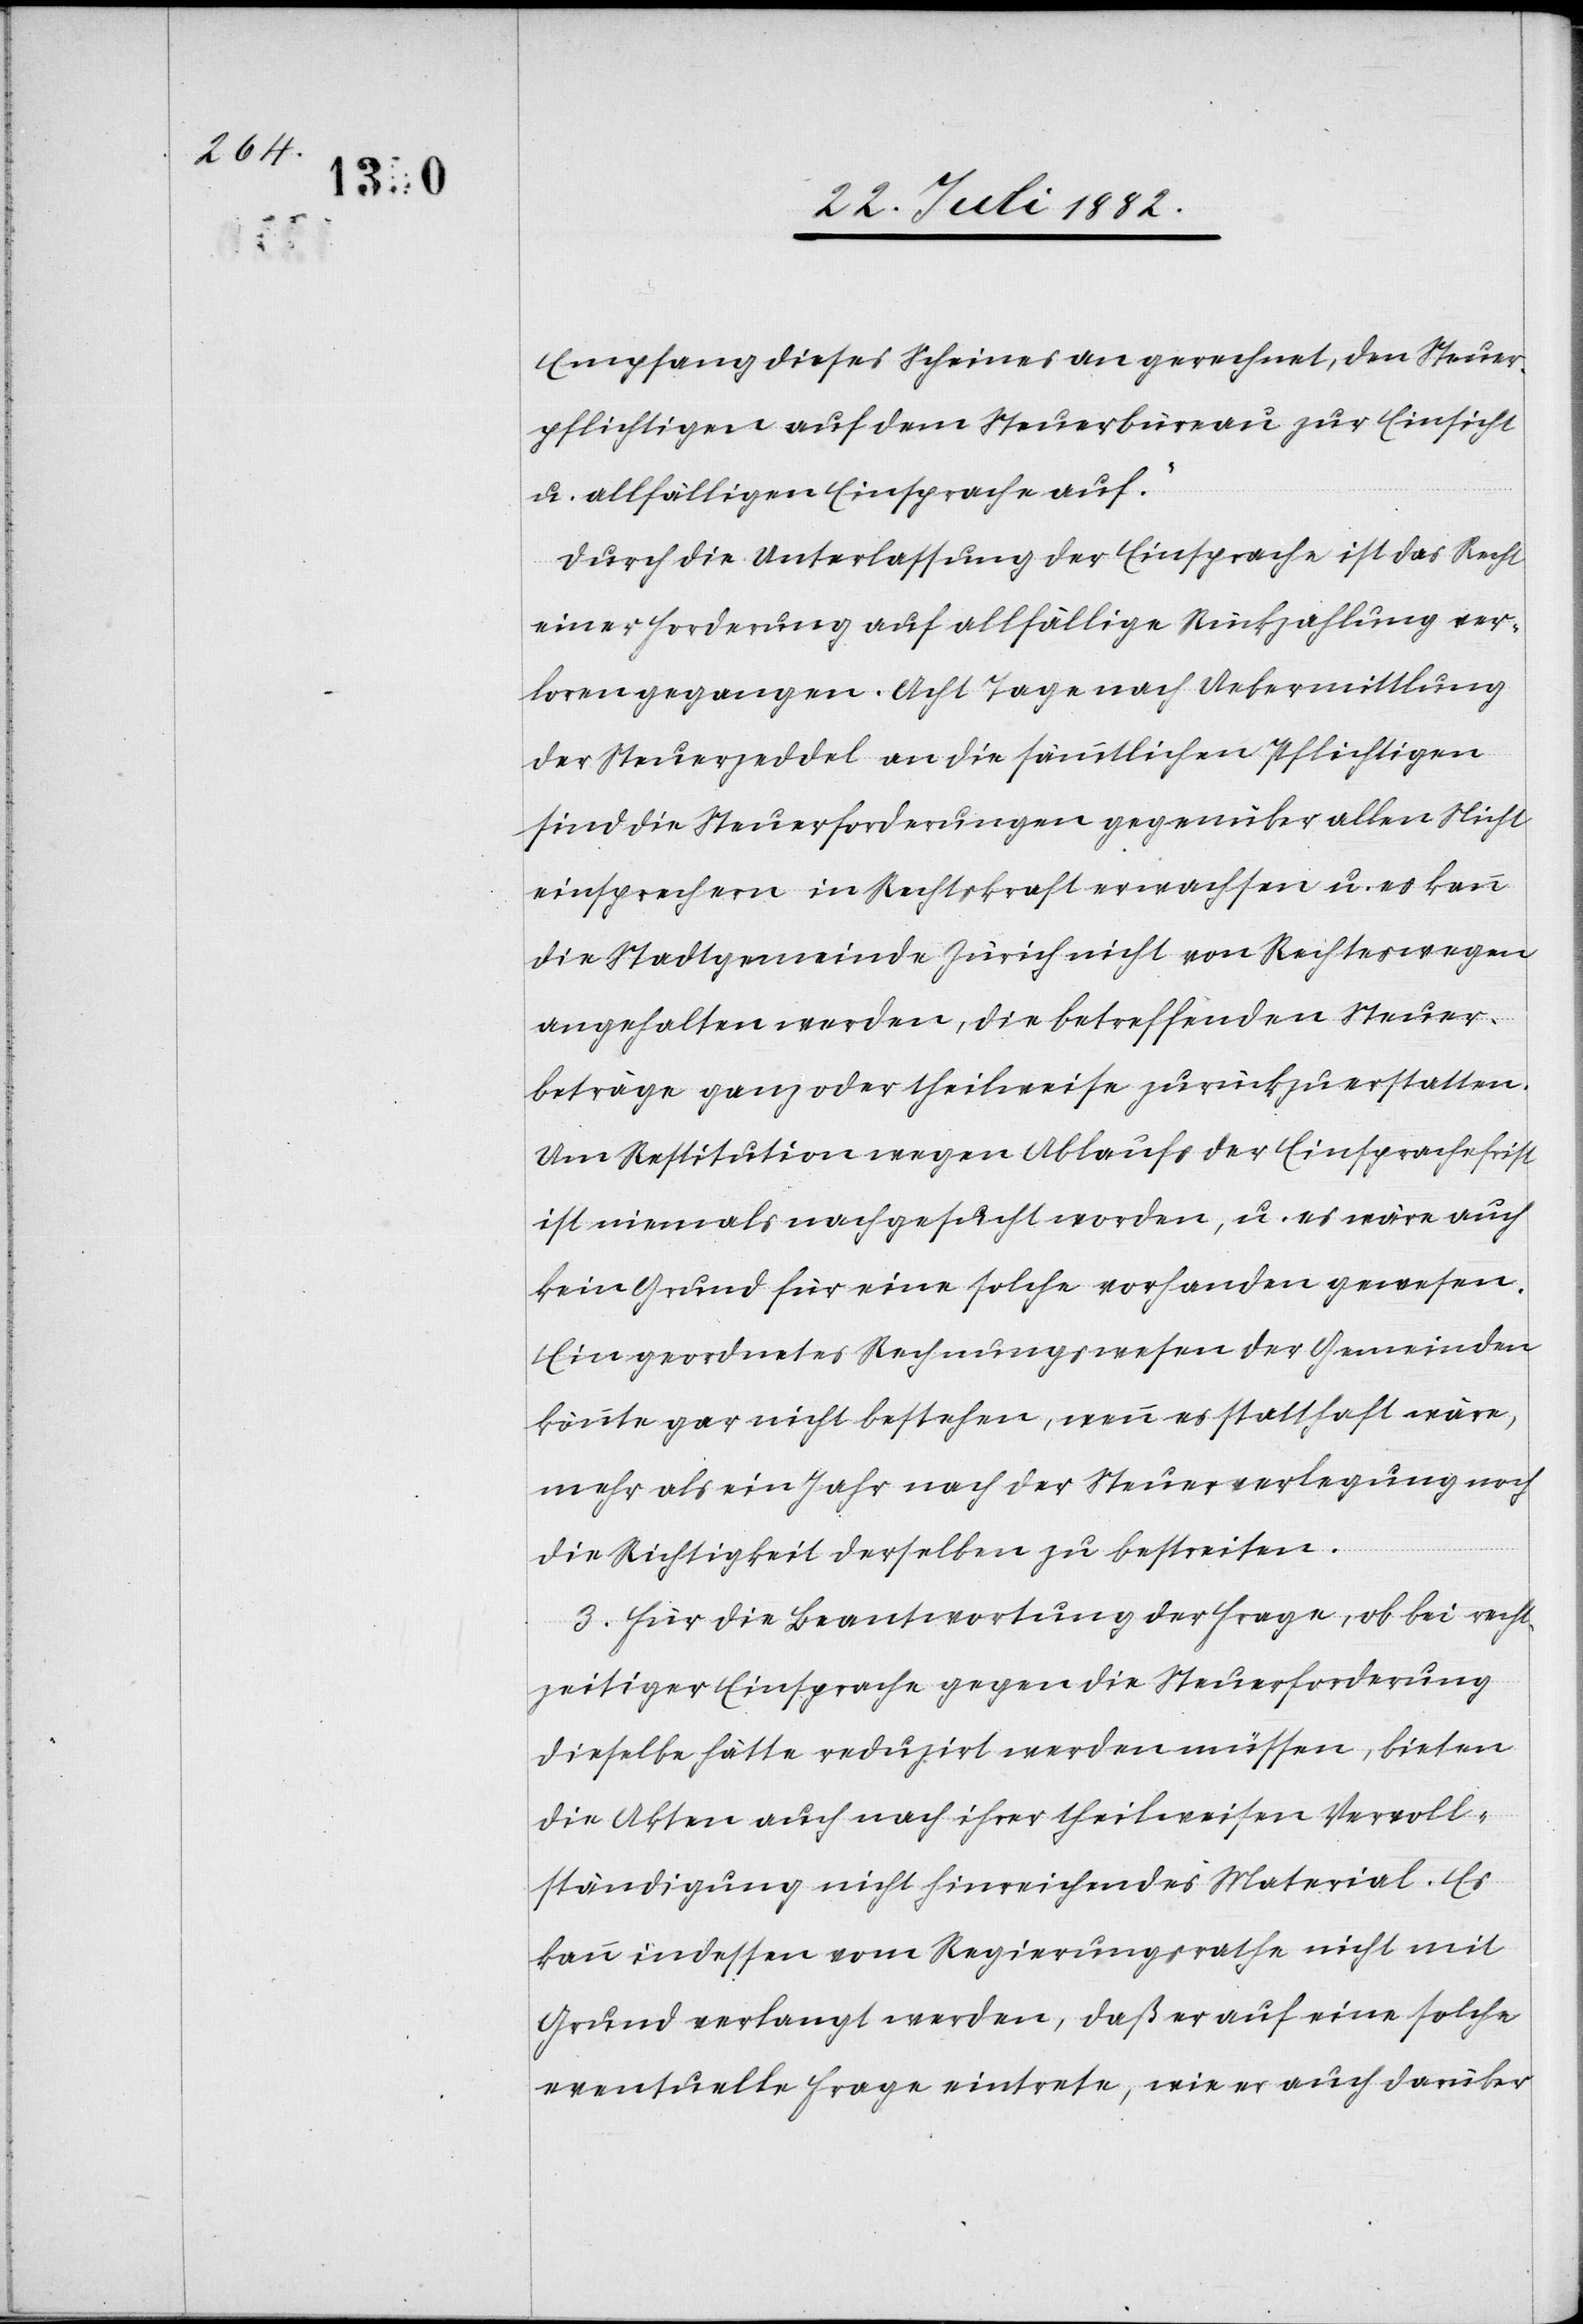
Empfang dieses Scheines an gerechnet, den Steuer¬
pflichtigen auf dem Steuerbüreau zur Einsicht
u. allfälligen Einsprache auf.“
Durch die Unterlassung der Einsprache ist das Recht
einer Forderung auf allfällige Rückzahlung ver¬
loren gegangen. Acht Tage nach Uebermittlung
der Steuerzeddel an die sämmtlichen Pflichtigen
sind die Steuerforderungen gegenüber allen Nicht¬
einsprechern in Rechtskraft erwachsen u. es kann
die Stadtgemeinde Zürich nicht von Rechteswegen
angehalten werden, die betreffenden Steuer¬
beträge ganz oder theilweise zurückzuerstatten.
Um Restitution wegen Ablaufs der Einsprachefrist
ist niemals nachgesucht worden, u. es wäre auch
kein Grund für eine solche vorhanden gewesen.
Ein geordnetes Rechnungswesen der Gemeinde
könnte gar nicht bestehen, wenn es statthaft wäre,
mehr als ein Jahr nach der Steuerverlegung
die Richtigkeit derselben zu bestreiten.
3. Für die Beantwortung der Frage, ob bei recht¬
zeitiger Einsprache gegen die Steuerforderung
dieselbe hätte reduzirt werden müssen, bieten
die Akten auch nach ihrer theilweisen Vervoll¬
ständigung nicht hinreichendes Material. Es
kann indessen vom Regierungsrathe nicht mit
Grund verlangt werden, daß er auf eine solche
eventuelle Frage eintrete, wie er auch darüber